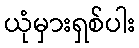
ယုံမှားရှစ်ပါး